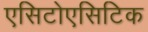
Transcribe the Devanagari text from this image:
एसिटोएसिटिक